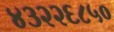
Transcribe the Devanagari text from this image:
४३२२६८५०